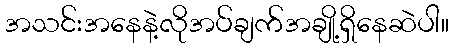
အသင်းအနေနဲ့လိုအပ်ချက်အချို့ရှိနေဆဲပါ။